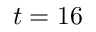
t = 1 6